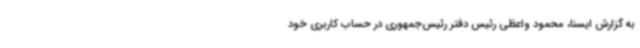
به گزارش ایسنا، محمود واعظی رئیس دفتر رئیس‌جمهوری در حساب کاربری خود